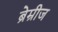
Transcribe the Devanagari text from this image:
ब्रेम्रीज